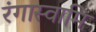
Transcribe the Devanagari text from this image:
रंगास्वामि